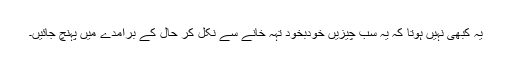
یہ کبھی نہیں ہوتا کہ یہ سب چیزیں خودبخود تہہ خانے سے نکل کر حال کے برآمدے میں پہنچ جائیں۔